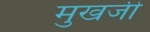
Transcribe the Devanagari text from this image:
मुखजी